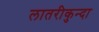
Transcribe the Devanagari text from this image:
लातरीकुन्दा